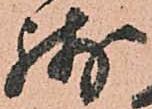
残